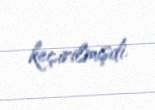
keçirilmişdi.